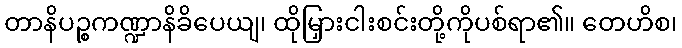
တာနိပဉ္စကဏ္ဍာနိခိပေယျ၊ ထိုမြှားငါးစင်းတို့ကိုပစ်ရာ၏။ တေဟိစ၊